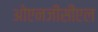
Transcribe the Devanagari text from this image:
ओएनजीसीएल